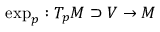
\exp _ { p } : T _ { p } M \supset V \rightarrow M